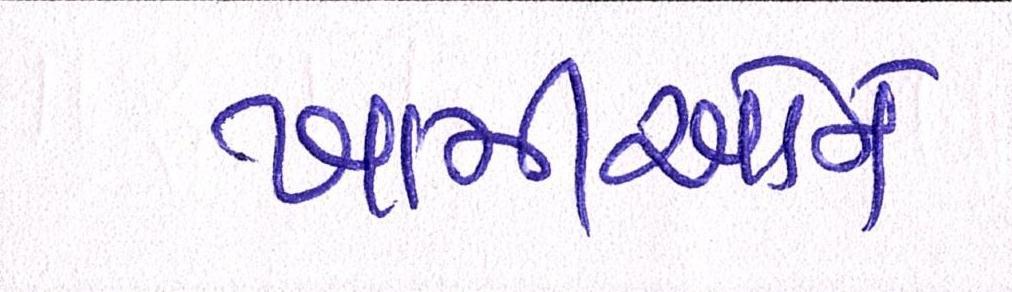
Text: ખામીઓને